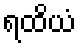
ရထိယံ